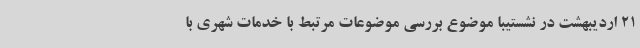
21 اردیبهشت در نشستیبا موضوع بررسی موضوعات مرتبط با خدمات شهری با